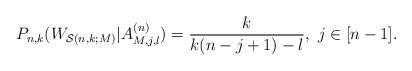
LaTeX: \begin{align*}P_{n,k}(W_{\mathcal{S}(n,k;M)}|A^{(n)}_{M,j,l})=\frac k{k(n-j+1)-l},\ j\in[n-1].\end{align*}